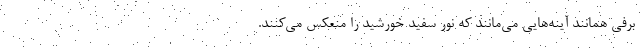
برفی همانند آینه‌هایی می‌مانند که نور سفید خورشید را منعکس می‌کنند.